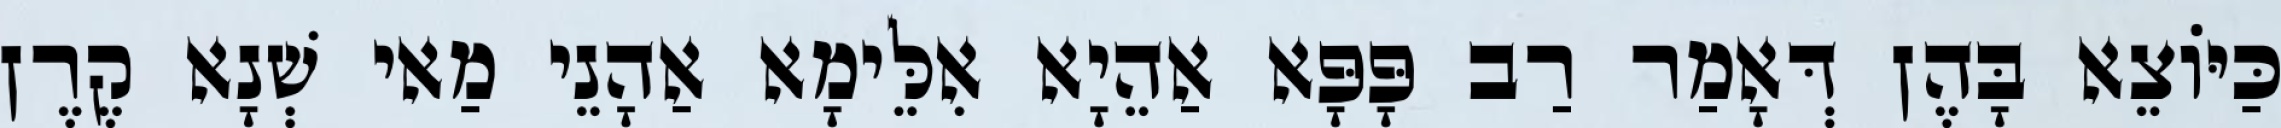
כַּיּוֹצֵא בָּהֶן דְּאָמַר רַב פָּפָּא אַהֵיָא אִלֵּימָא אַהָנֵי מַאי שְׁנָא קֶרֶן